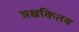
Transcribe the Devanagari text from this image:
अक्षकितव